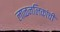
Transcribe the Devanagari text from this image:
लाळनलिकांची